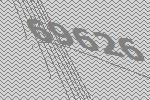
69626